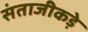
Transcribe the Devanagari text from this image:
संताजीकड़े